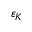
\varepsilon _ { K }